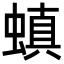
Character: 𮔪